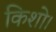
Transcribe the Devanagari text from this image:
किशो।